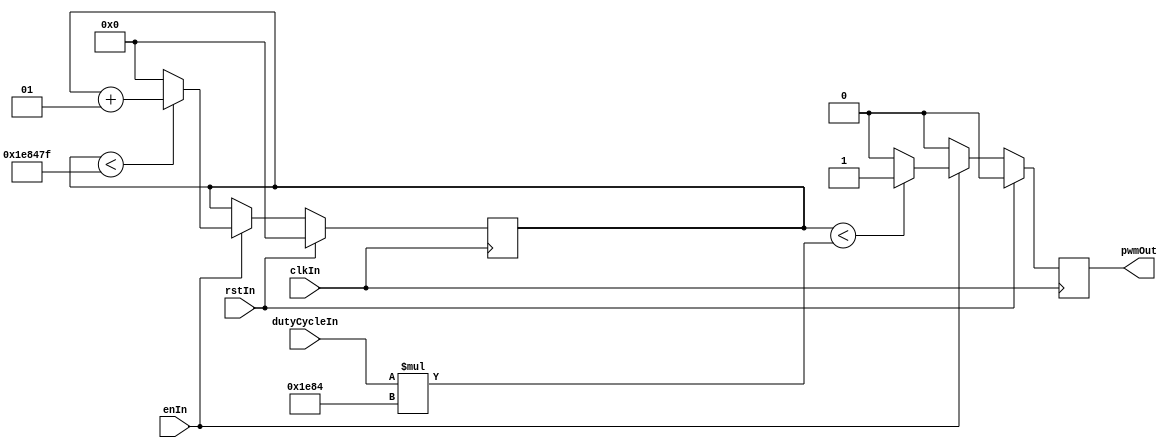
// Module Name: pwm.v
// Description: Creates a single PWM signal
// Notes      : Change PWM resolution with N parameter and PWM period with
//              PERIOD_CLK_COUNT

module pwm 
  #(
    parameter N = 8,
    parameter PERIOD_CLK_COUNT = 2000000) //2000000*10ns=20ms
  (
    input clkIn,
    input rstIn,
    input enIn,
    input [N-1:0] dutyCycleIn,
    output reg pwmOut);

    integer dutyCycleCnt;

  always @ (posedge clkIn) begin
    if (rstIn == 1'b1) begin
      dutyCycleCnt <= 1'b0;
    end 
    else begin
      if (enIn == 1'b1) begin
        if (dutyCycleCnt < PERIOD_CLK_COUNT-1) begin
          dutyCycleCnt = dutyCycleCnt + 1;
        end
        else begin
          dutyCycleCnt = 0;
        end
      end
    end
  end

  always @ (posedge clkIn) begin
    if (rstIn == 1'b1) begin
      pwmOut <= 1'b0;
    end
    else begin
      if (enIn == 1'b1) begin
        pwmOut = (dutyCycleCnt < (dutyCycleIn * (PERIOD_CLK_COUNT >> N))) ? 1'b1 : 1'b0;
      end
      else begin
        pwmOut = 1'b0;
      end
    end
  end
endmodule